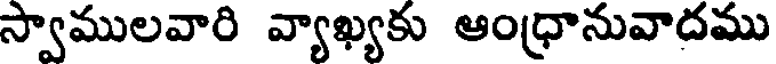
స్వాములవారి వ్యాఖ్యకు ఆంధ్రానువాదము